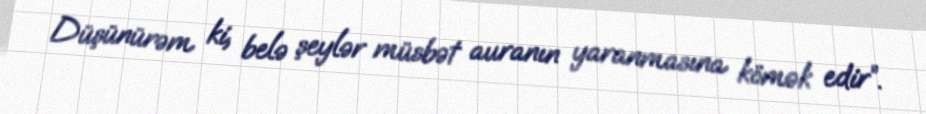
Düşünürəm ki, belə şeylər müsbət auranın yaranmasına kömək edir”.